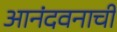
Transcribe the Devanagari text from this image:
आनंदवनाची